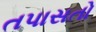
તપાસતો